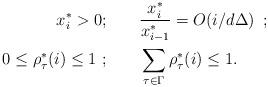
LaTeX: \begin{align*}x^*_i> 0;&\qquad\frac{x^*_{i}}{x^*_{i-1}}=O(i/d\Delta) \,\,\, ; \\0\le \rho^*_{\tau}(i)\le 1\,\, ;& \qquad\sum_{\tau\in\Gamma} \rho^*_{\tau}(i)\le 1.\end{align*}